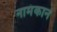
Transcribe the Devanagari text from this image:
नामंकान